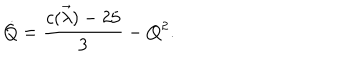
LaTeX: \dot { Q } = { \frac { c ( \vec { \lambda } ) - 2 5 } { 3 } } - Q ^ { 2 } .